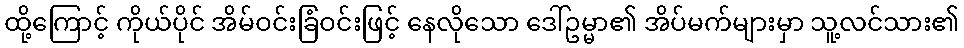
ထို့ကြောင့် ကိုယ်ပိုင် အိမ်ဝင်းခြံဝင်းဖြင့် နေလိုသော ဒေါ်ဥမ္မာ၏ အိပ်မက်များမှာ သူ့လင်သား၏